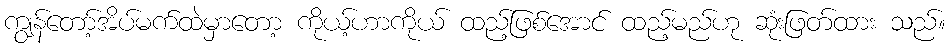
ကျွန်တော့်အိပ်မက်ထဲမှာတော့ ကိုယ့်ဟာကိုယ် ထည့်ဖြစ်အောင် ထည့်မည်ဟု ဆုံးဖြတ်ထား သည်။